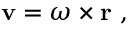
\mathbf { v } = { \boldsymbol { \omega } } \times \mathbf { r } \ ,